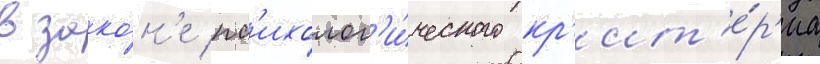
в зако́н'е пс'ихолог'и́ческого кр'ит'е́р'иа